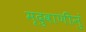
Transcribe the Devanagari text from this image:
मृदुवाणीनुं